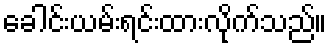
ခေါင်းယမ်းရင်းထားလိုက်သည်။